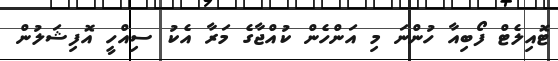
ޓޮއިލެޓް ފޯބިއާ ހުންނަ މި އަންހެން ކުއްޖާގެ މަރާ އެކު ސިއްހީ އޮފިޝަލުން